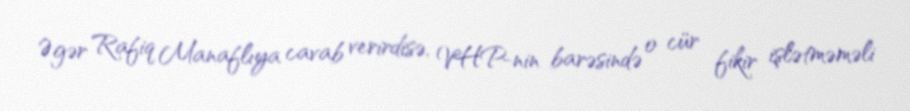
Əgər Rafiq Manaflıya cavab verirdisə, VHP-nin barəsində o cür fikir işlətməməli